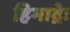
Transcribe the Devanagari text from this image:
हिमाद्रेः